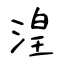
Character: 湟